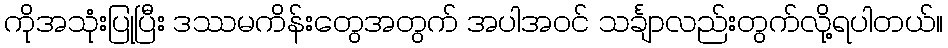
ကိုအသုံးပြုပြီး ဒဿမကိန်းတွေအတွက် အပါအဝင် သင်္ချာလည်းတွက်လို့ရပါတယ်။